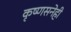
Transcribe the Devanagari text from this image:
कृष्णसनेही